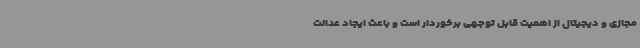
مجازی و دیجیتال از اهمیت قابل توجهی برخوردار است و باعث ایجاد عدالت